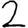
Digit: 2